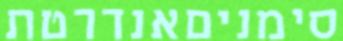
סימניםאנדרטת